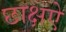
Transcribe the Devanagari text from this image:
छाक्षऐ